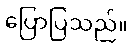
ပြောပြသည်။